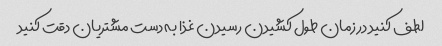
لطف کنید در زمان طول کشیدن رسیدن غذا به دست مشتریان دقت کنید